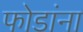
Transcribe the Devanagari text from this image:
फोडांना